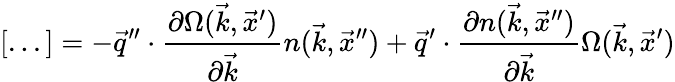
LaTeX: [...]=-\vec{q}^{\prime\prime}\cdot\frac{\partial\Omega(\vec{k},\vec{x}^{\prime})}{\partial\vec{k}}n(\vec{k},\vec{x}^{\prime\prime})+\vec{q}^{\prime}\cdot\frac{\partial n(\vec{k},\vec{x}^{\prime\prime})}{\partial\vec{k}}\Omega(\vec{k},\vec{x}^{\prime})